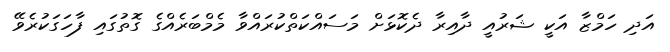
އަދި ހަމްޒާ އަކީ ޝަރުއީ ދާއިރާ ދެކޮޅަށް މަސައްކަތްކުރައްވާ މެމްބަރެއްގެ ގޮތުގައި ފާހަގަކުރެވޭ